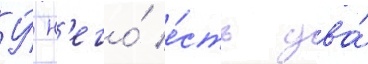
У́ н'его́ е́сть два́